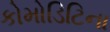
કોમોડિટિના